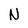
Character: N